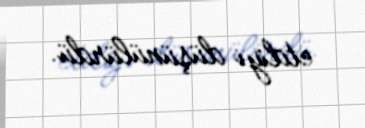
etdiyi düşünülürdü.